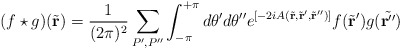
\begin{align*}(f \star g)(\tilde{\bf r}) = \frac{1}{(2\pi )^2}\sum_{P', P''}\int_{-\pi}^{+\pi} d\theta 'd \theta '' e^{[-2iA(\tilde{\bf r}, \tilde{\bf r} ', \tilde{\bf r} '')]}f(\tilde{\bf r}') g (\tilde{\bf r''})\end{align*}